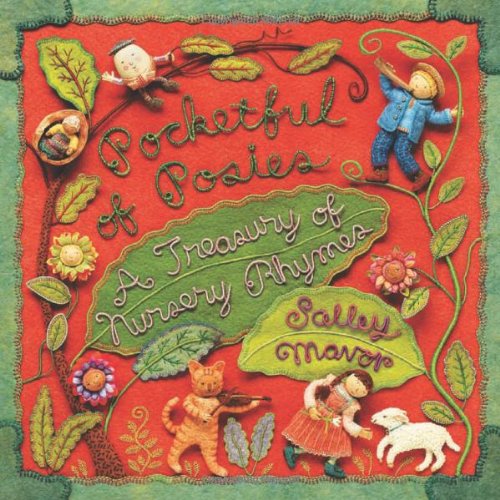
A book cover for Pocketful of Posies: A Treasury of Nursery Rhymes; Salley Mavor; Children's Books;